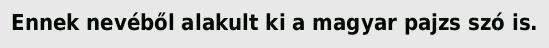
Ennek nevéből alakult ki a magyar pajzs szó is.